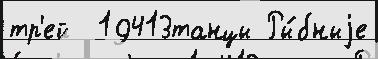
тр'ей  19413танцы Ры́бныjе